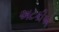
અટકીએ